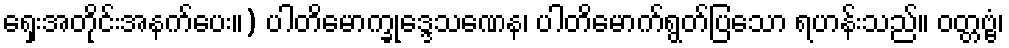
ရှေးအတိုင်းအနက်ပေး။) ပါတိမောက္ခုဒ္ဒေသဏေန၊ ပါတိမောက်ရွတ်ပြသော ရဟန်းသည်။ ဝတ္တဗ္ဗံ၊